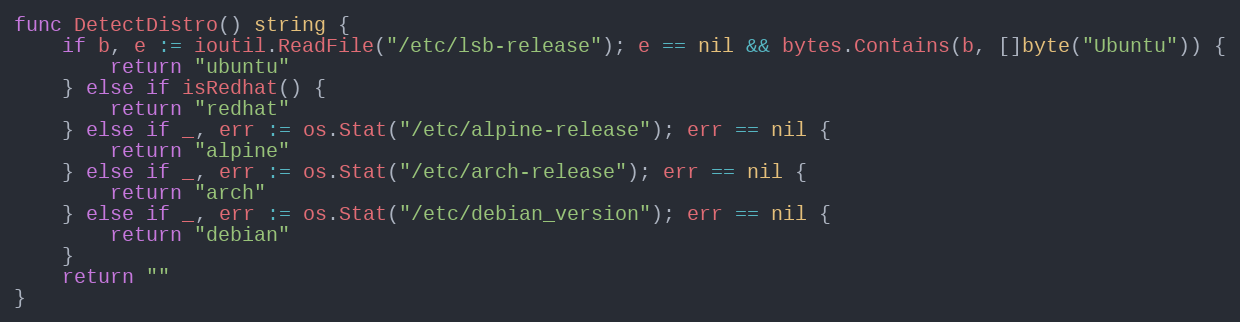
Language: Go
func DetectDistro() string {
	if b, e := ioutil.ReadFile("/etc/lsb-release"); e == nil && bytes.Contains(b, []byte("Ubuntu")) {
		return "ubuntu"
	} else if isRedhat() {
		return "redhat"
	} else if _, err := os.Stat("/etc/alpine-release"); err == nil {
		return "alpine"
	} else if _, err := os.Stat("/etc/arch-release"); err == nil {
		return "arch"
	} else if _, err := os.Stat("/etc/debian_version"); err == nil {
		return "debian"
	}
	return ""
}